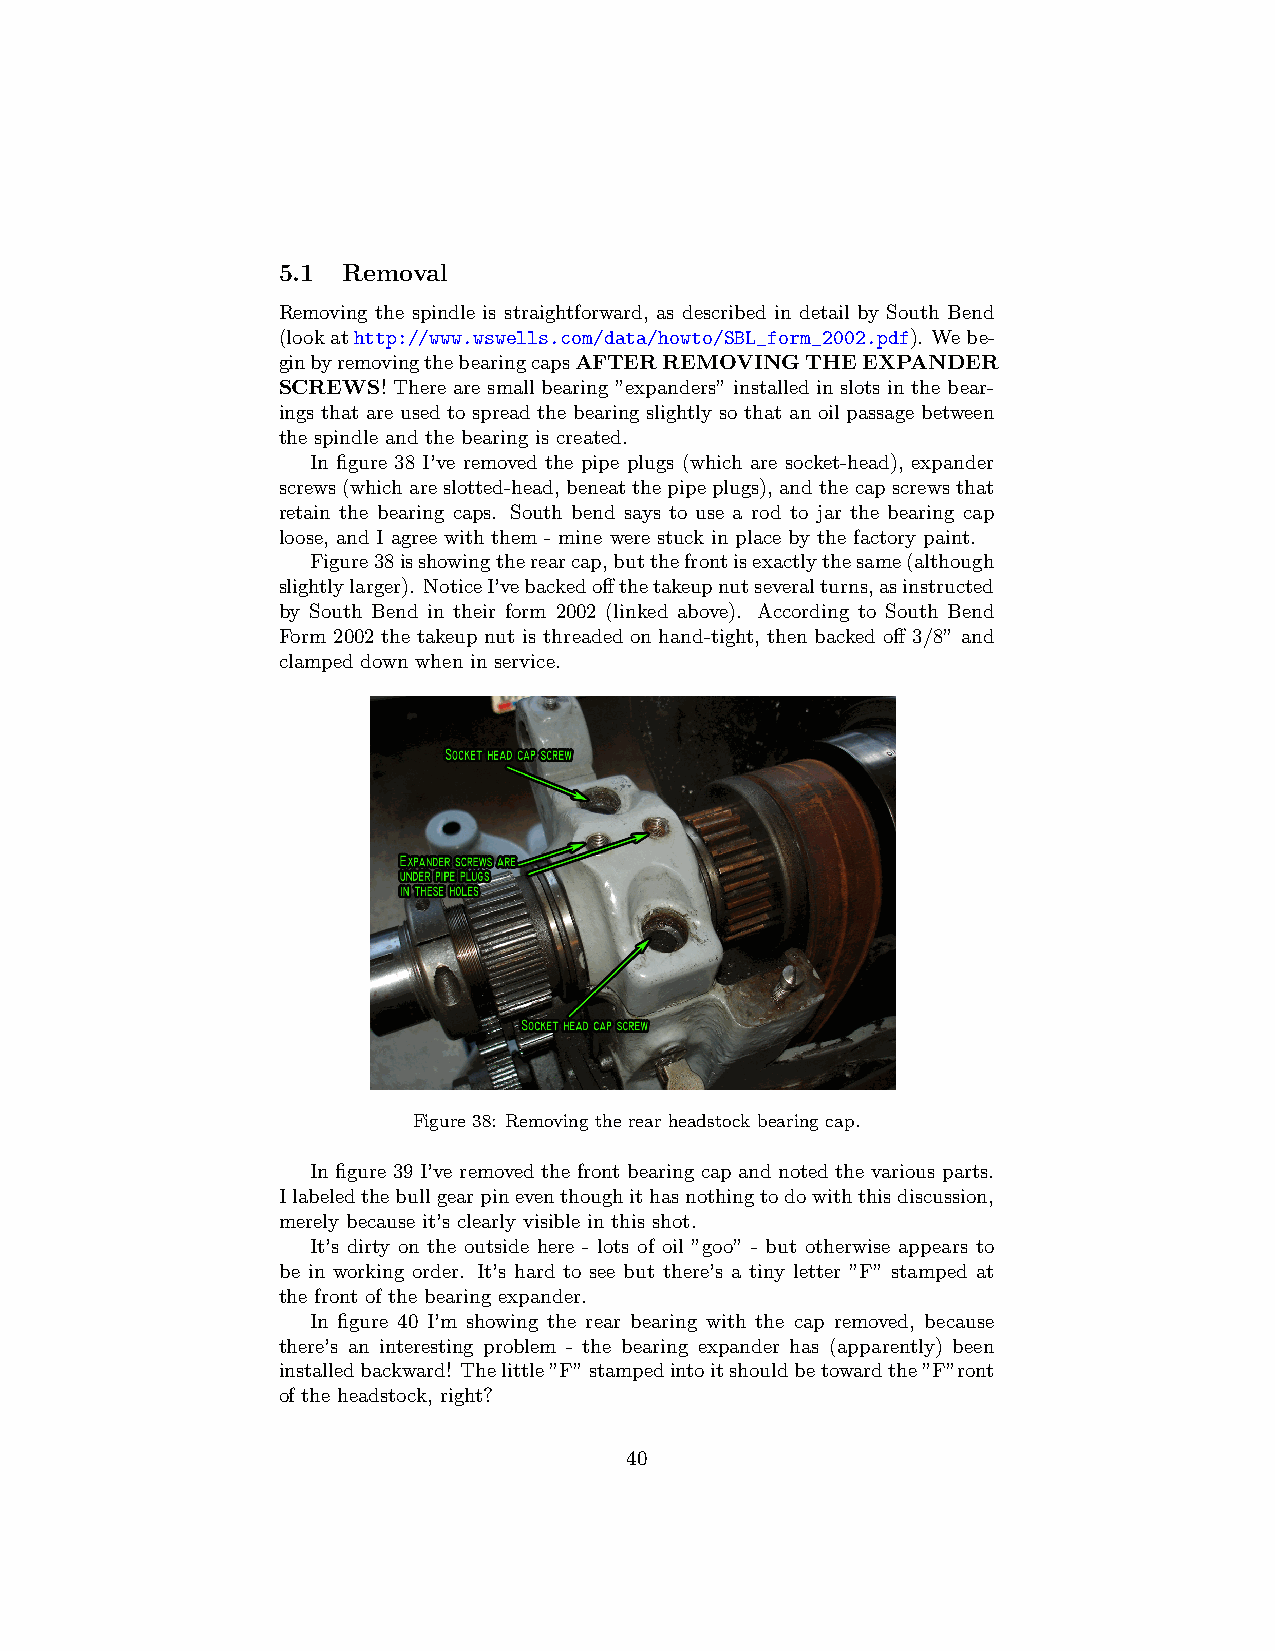
5.1  Removal
 Removing the spindle is straightforward, as described in detail by South Bend
 (lookathttp://www.wswells.com/data/howto/SBL_form_2002.pdf). Webe-
 ginbyremovingthebearingcapsAFTERREMOVINGTHEEXPANDER
 SCREWS! There are small bearing ”expanders” installed in slots in the bear-
 ings that are used to spread the bearing slightly so that an oil passage between
 the spindle and the bearing is created.
 In figure 38 I’ve removed the pipe plugs (which are socket-head), expander
 screws(whichareslotted-head, beneatthepipeplugs), andthecapscrewsthat
 retain the bearing caps. South bend says to use a rod to jar the bearing cap
 loose, and I agree with them - mine were stuck in place by the factory paint.
 Figure38isshowingtherearcap,butthefrontisexactlythesame(although
 slightlylarger). NoticeI’vebackedoffthetakeupnutseveralturns,asinstructed
 by South Bend in their form 2002 (linked above). According to South Bend
 Form 2002 the takeup nut is threaded on hand-tight, then backed off 3/8” and
 clamped down when in service.
 Figure 38: Removing the rear headstock bearing cap.
 In figure 39 I’ve removed the front bearing cap and noted the various parts.
 Ilabeledthebullgearpineventhoughithasnothingtodowiththisdiscussion,
 merely because it’s clearly visible in this shot.
 It’s dirty on the outside here - lots of oil ”goo” - but otherwise appears to
 be in working order. It’s hard to see but there’s a tiny letter ”F” stamped at
 the front of the bearing expander.
 In figure 40 I’m showing the rear bearing with the cap removed, because
 there’s an interesting problem - the bearing expander has (apparently) been
 installedbackward! Thelittle”F”stampedintoitshouldbetowardthe”F”ront
 of the headstock, right?
 40